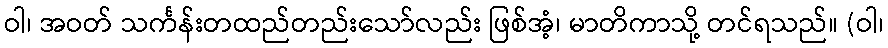
ဝါ၊ အဝတ် သင်္ကန်းတထည်တည်းသော်လည်း ဖြစ်အံ့၊ မာတိကာသို့ တင်ရသည်။ (ဝါ၊